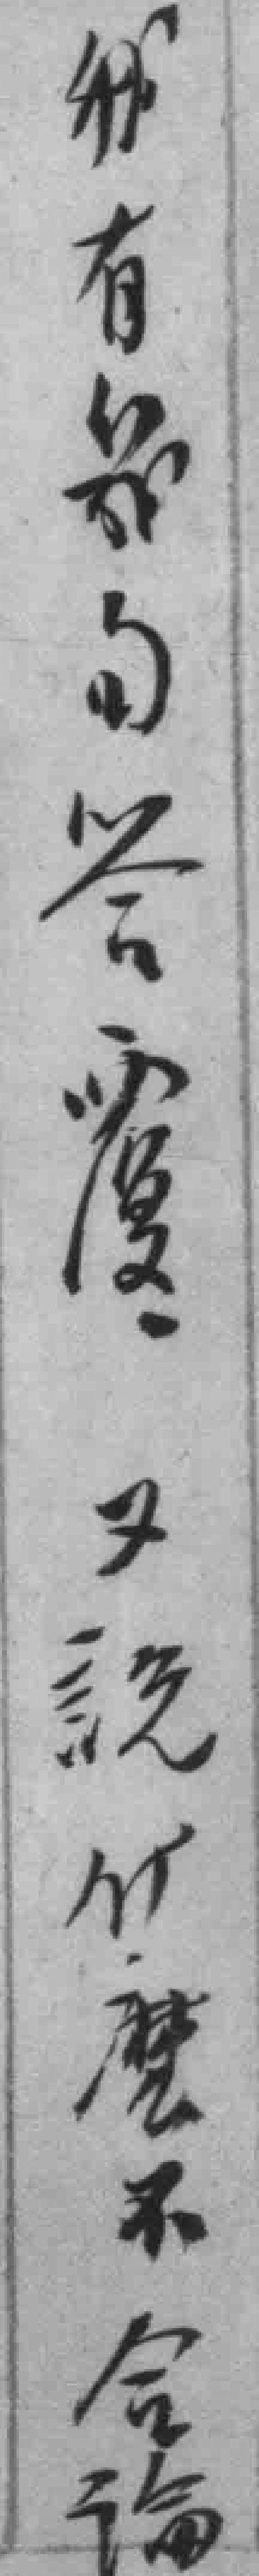
我有*句答覆又說什麽不合論